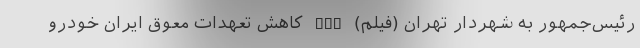
رئیس‌جمهور به شهردار تهران (فیلم) nan کاهش تعهدات معوق ایران خودرو